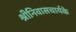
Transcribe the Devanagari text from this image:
श्रीनिवासचार्यके